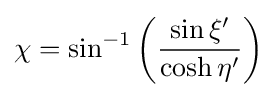
\chi =\sin ^{-1}\left({\frac {\sin \xi '}{\cosh \eta '}}\right)